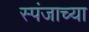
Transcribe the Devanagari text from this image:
स्पंजाच्या